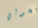
كحولي